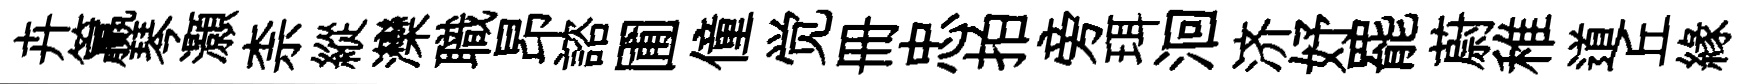
卉籯琴灝柰縱灤職昂諮圃僮觉册忠拍旁珥洄济妤罷蔚稚道丘緣串